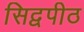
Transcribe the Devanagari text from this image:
सिद्वपीठ